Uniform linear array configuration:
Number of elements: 12
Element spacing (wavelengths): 0.25
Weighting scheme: kaiser
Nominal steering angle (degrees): -30
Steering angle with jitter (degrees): -31.079
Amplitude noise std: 0.05
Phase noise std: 0.05

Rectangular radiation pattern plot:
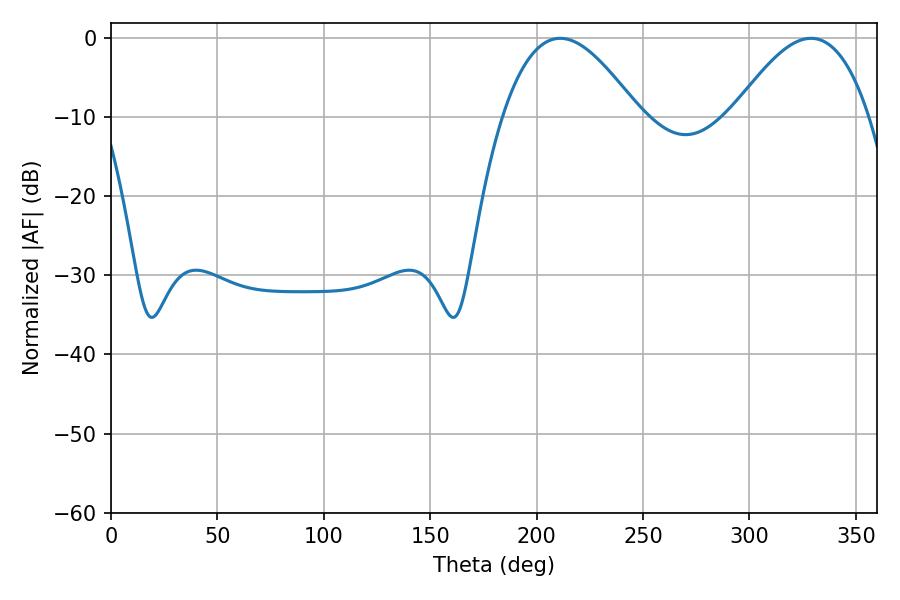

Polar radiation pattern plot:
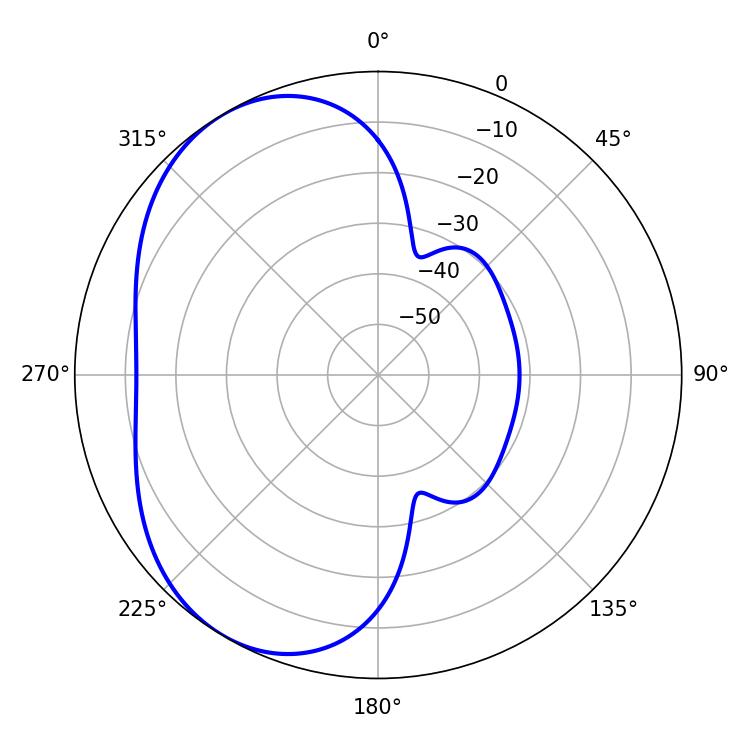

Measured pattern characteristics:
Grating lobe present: FALSE
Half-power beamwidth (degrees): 34.92
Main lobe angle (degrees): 211.14